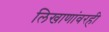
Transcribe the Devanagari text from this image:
लिखाणांवरही